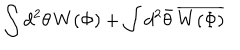
\int d ^ { 2 } \theta \, W ( \Phi ) + \int d ^ { 2 } \bar { \theta } \, \overline { { { W ( \Phi ) } } }